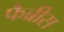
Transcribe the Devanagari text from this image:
फैब्रीस